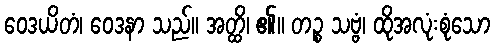
ဝေဒယိတံ၊ ဝေဒနာ သည်။ အတ္ထိ၊ ၏။ တဉ္စ သဗ္ဗံ၊ ထိုအလုံးစုံသော